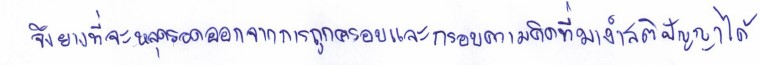
จึงยากที่จะหลุดรอดออกจากการถูกครอบและกรอบความคิดที่มางำสติปัญญาได้